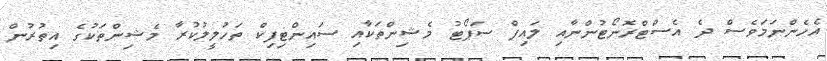
އެހެންނަމަވެސް ދެ އެސްޓްރޮނޯޓުންނާއި ލައިފް ސަޕޯޓު މެޝިންތަކާއި ސައިންޓިފިކް ތަހުލީލުކުރާ މެޝިންތަކުގެ އިތުރުން